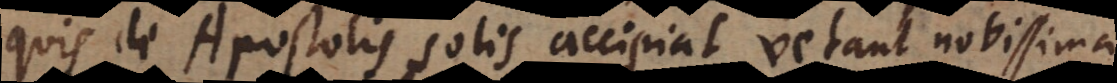
quis de Apostolis solis accipiat, vetant novissima